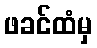
ဖခင်ထံမှ